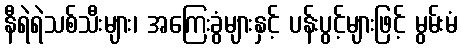
နီရဲရဲသစ်သီးများ၊ အကြေးခွံများနှင့် ပန်းပွင့်များဖြင့် မွမ်းမံ